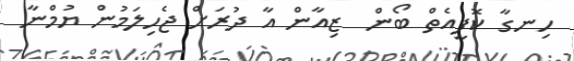
ހިނގާ ކޮފީއެތް ބޯން  ޒިއާން އާ ދުރަށް ޖެހިލަމުން ޔުމްނާ